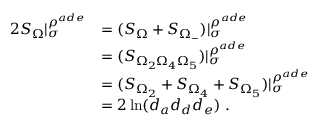
\begin{array} { r l } { 2 S _ { \Omega } | _ { \sigma } ^ { \rho ^ { a d e } } } & { = ( S _ { \Omega } + S _ { \Omega _ { - } } ) | _ { \sigma } ^ { \rho ^ { a d e } } } \\ & { = ( S _ { \Omega _ { 2 } \Omega _ { 4 } \Omega _ { 5 } } ) | _ { \sigma } ^ { \rho ^ { a d e } } } \\ & { = ( S _ { \Omega _ { 2 } } + S _ { \Omega _ { 4 } } + S _ { \Omega _ { 5 } } ) | _ { \sigma } ^ { \rho ^ { a d e } } } \\ & { = 2 \ln ( d _ { a } d _ { d } d _ { e } ) ~ . } \end{array}